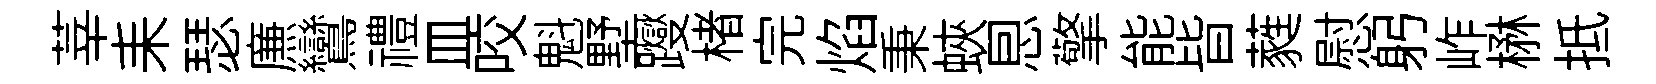
莘耒瑟㢘鸞禮皿咬魁墅躞楮完焰秉蛺㤙擎能皆蕤慰躬岞楙抵